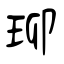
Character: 珋